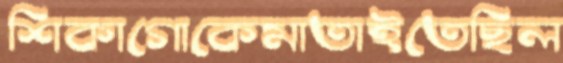
শিকাগোকেমাতাইতেছিল